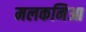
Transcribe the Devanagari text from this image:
मलकनिआ